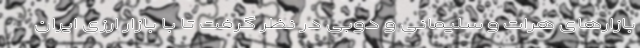
بازارهای هرات و سلیمانی و دوبی در نظر گرفت تا با بازار ارزی ایران